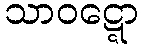
သာဝဋ္ဋော